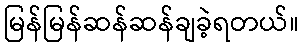
မြန်မြန်ဆန်ဆန်ချခဲ့ရတယ်။